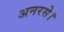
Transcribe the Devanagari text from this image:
अनरसे।